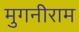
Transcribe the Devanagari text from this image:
मुगनीराम